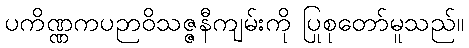
ပကိဏ္ဏကပဉာဝိသဇ္ဇနီကျမ်းကို ပြုစုတော်မူသည်။